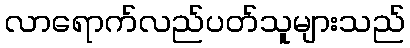
လာရောက်လည်ပတ်သူများသည်